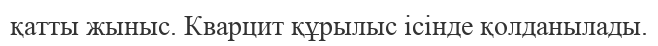
қатты жыныс. Кварцит құрылыс ісінде қолданылады.